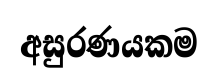
අසුරණයකම